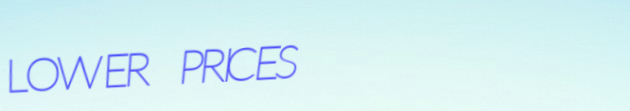
LOWER PRICES